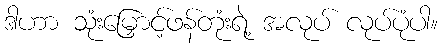
ဒါဟာ သုံးမြှောင့်ဖန်တုံးရဲ့ အလုပ် လုပ်ပုံပါ။